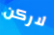
لاركن